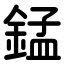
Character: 錳